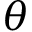
\theta